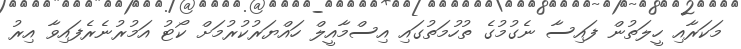
މަކަރާއި ހީލަތުން ފައިސާ ނެގުމުގެ ތުހުމަތުގައި އިސްމާއީލް ހައްޔަރުކުރުމަށް ކޯޓު އަމުރުނެރެފައިވާ އިރު